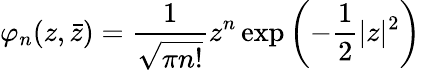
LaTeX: \varphi_{n}(z,\bar{z})={\frac{1}{\sqrt{\pi n!}}}z^{n}\exp\left(-{\frac{1}{2}}|z|^{2}\right)